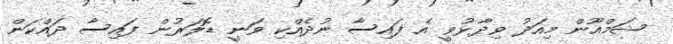
ޝަމްއޫން މިއަދު ވިދާޅުވީ އެ ފައިސާ ނުދެއްކި ވަނީ ޑޮލަރުން ފައިސާ ދައްކަން